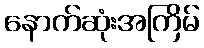
နောက်ဆုံးအကြိမ်